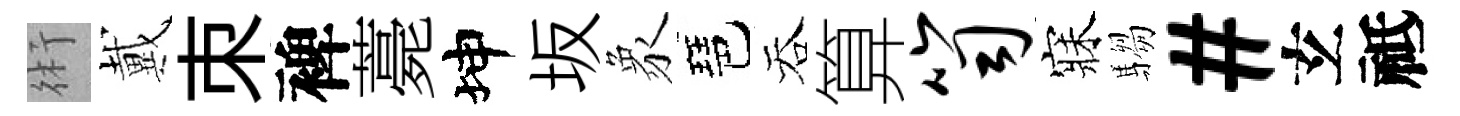
術戴朿裨薧坤坂象琶吞算笥寐騶#𤣥祗